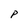
Character: P